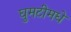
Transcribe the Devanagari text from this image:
घुमटीमधे